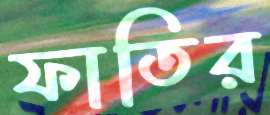
ফাতির